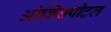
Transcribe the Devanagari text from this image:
ओक्सिपीटल